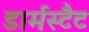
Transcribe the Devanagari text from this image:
डार्मस्टैट